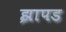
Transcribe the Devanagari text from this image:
झापड